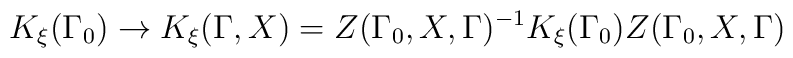
K_{\xi }(\Gamma _{0})\rightarrow K_{\xi }(\Gamma ,X)=Z(\Gamma _{0},X,\Gamma)^{-1}K_{\xi }(\Gamma _{0})Z(\Gamma _{0},X,\Gamma )